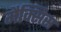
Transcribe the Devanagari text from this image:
मैक्सिस